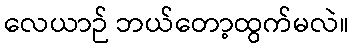
လေယာဉ် ဘယ်တော့ထွက်မလဲ။